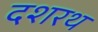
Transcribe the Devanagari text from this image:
दशरथ